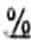
%